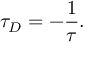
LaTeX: \tau _ { D } = - { \frac { 1 } { \tau } } .